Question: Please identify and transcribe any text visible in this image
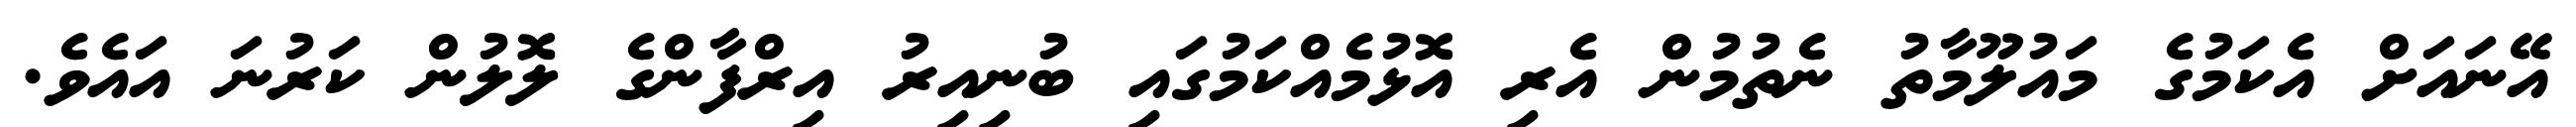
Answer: އޭނައަށް އެކަމުގެ މައުލޫމާތު ނެތުމުން އެރި އޮޅުމެއްކަމުގައި ބުނިއިރު އިރްފާންގެ ލޮލުން ކަރުނަ އައެވެ.